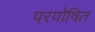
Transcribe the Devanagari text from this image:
परपोषित